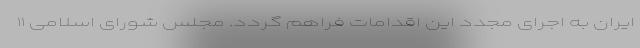
ایران به اجرای مجدد این اقدامات فراهم گردد. مجلس شورای اسلامی ۱۱